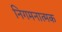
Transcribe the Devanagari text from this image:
निगमनात्‍मक